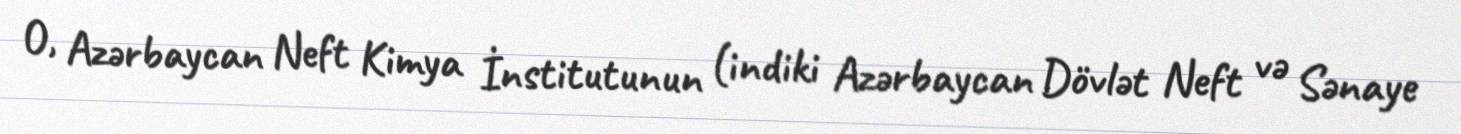
O, Azərbaycan Neft Kimya İnstitutunun (indiki Azərbaycan Dövlət Neft və Sənaye